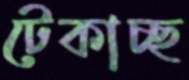
টেকাচ্ছ